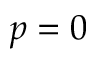
p = 0